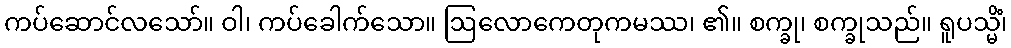
ကပ်ဆောင်လသော်။ ဝါ၊ ကပ်ခေါက်သော။ ဩလောကေတုကမဿ၊ ၏။ စက္ခု၊ စက္ခုသည်။ ရူပသ္မိံ၊